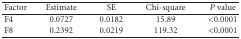
<table><thead><tr><td><b>Factor</b></td><td><b>Estimate</b></td><td><b>SE</b></td><td><b>Chi-square</b></td><td><b><i>P</i> value</b></td></tr></thead><tbody><tr><td>F4</td><td>0.0727</td><td>0.0182</td><td>15.89</td><td>&lt;0.0001</td></tr><tr><td>F8</td><td>0.2392</td><td>0.0219</td><td>119.32</td><td>&lt;0.0001</td></tr></tbody></table>